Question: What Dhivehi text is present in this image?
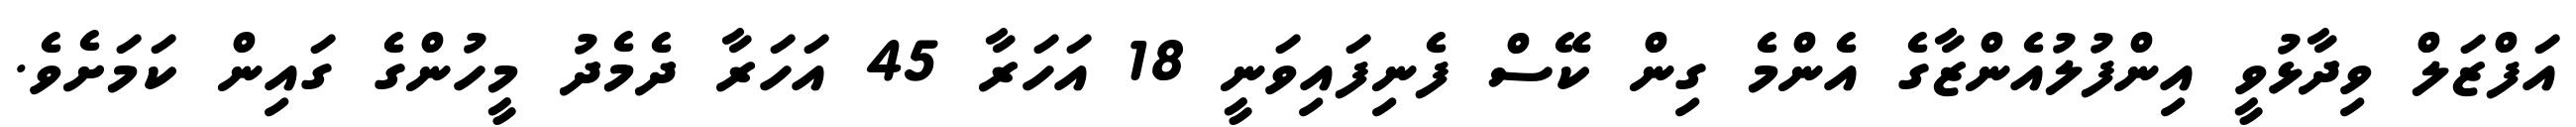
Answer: އަފްޒަލް ވިދާޅުވީ އިންފުލުއެންޒާގެ އެންމެ ގިން ކޭސް ފެނިފައިވަނީ 18 އަހަރާ 45 އަހަރާ ދެމެދު މީހުންގެ ގައިން ކަމަށެވެ.